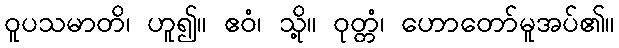
ဝူပသမာတိ၊ ဟူ၍။ ဧဝံ၊ သို့။ ဝုတ္တံ၊ ဟောတော်မူအပ်၏။